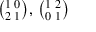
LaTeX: { \bigl ( } { } _ { 2 } ^ { 1 } \, _ { 1 } ^ { 0 } { \bigr ) } , \, { \bigl ( } { } _ { 0 } ^ { 1 } \, _ { 1 } ^ { 2 } { \bigr ) }